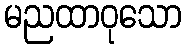
မညထာဝုသော